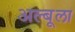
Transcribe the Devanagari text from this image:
अल्बूला